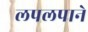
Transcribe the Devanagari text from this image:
लपलपाने